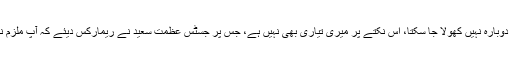
طارق حسن نے کہا کہ وہ معاملہ ختم ہو چکا، دوبارہ نہیں کھولا جا سکتا، اس نکتے پر میری تیاری بھی نہیں ہے، جس پر جسٹس عظمت سعید نے ریمارکس دیئے کہ آپ ملزم نہیں ہیں آپ ماضی کی ٹرانزیکشن پر گواہ ہیں۔